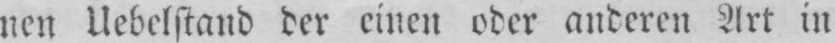
nen Uebelstand der einen oder anderen Art in